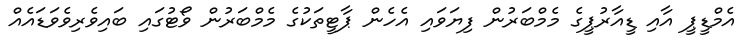
އެމްޑީޕީ އާއި ޑީއާރުޕީގެ މެމްބަރުން ފިޔަވައި އެހެން ޕާޓީތަކުގެ މެމްބަރުން ވޯޓުގައި ބައިވެރިވެވަޑައެއް